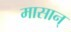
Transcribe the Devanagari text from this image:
मासान्